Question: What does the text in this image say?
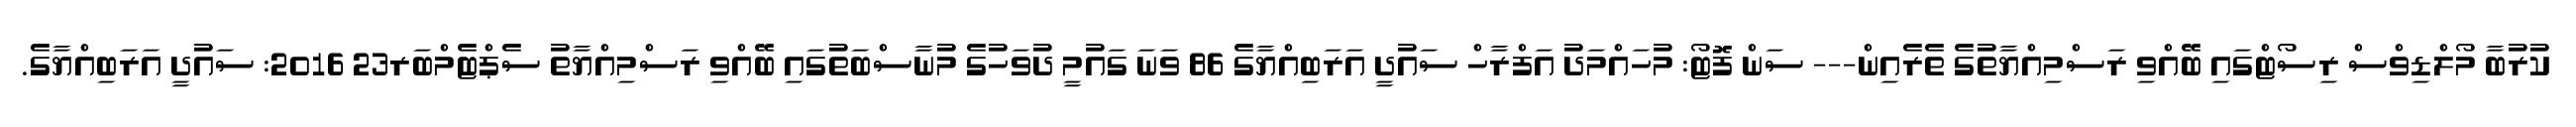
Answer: ކުރުބާ މޯލްޑިވްސް ރިސޯޓްގައި ބޭއްވި ރަސްމިއްޔާތުގެ ތެރެއިން--- ސަން ފޮޓޯ: މުހައްމަދު އަފްރާހް ސައުދީ އަރަބިއްޔާގެ 86 ވަނަ ގައުމީ ދުވަހުގެ މުނާސްބަތުގައި ބޭއްވި ރަސްމިއްޔާތު ސެޕްޓެމްބަރ23 2016: ސައުދީ އަރަބިއްޔާގެ.